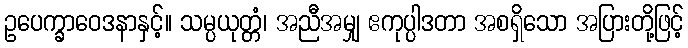
ဥပေက္ခာဝေဒနာနှင့်။ သမ္ပယုတ္တံ၊ အညီအမျှ ဧကုပ္ပါဒတာ အစရှိသော အပြားတို့ဖြင့်